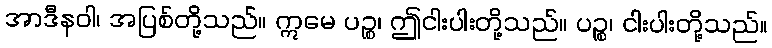
အာဒီနဝါ၊ အပြစ်တို့သည်။ ဣမေ ပဉ္စ၊ ဤငါးပါးတို့သည်။ ပဉ္စ၊ ငါးပါးတို့သည်။